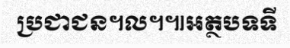
ប្រជាជន។ល។៕អត្ថបទទី